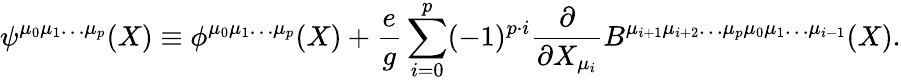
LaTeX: \psi^{\mu_{0}\mu_{1}\ldots\mu_{p}}(X)\equiv\phi^{\mu_{0}\mu_{1}\ldots\mu_{p}}(X)+\frac{e}{g}\sum_{i=0}^{p}(-1)^{p\cdot i}\frac{\partial}{\partial X_{\mu_{i}}}B^{\mu_{i+1}\mu_{i+2}\ldots\mu_{p}\mu_{0}\mu_{1}\ldots\mu_{i-1}}(X).